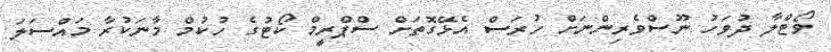
ވޯޓްލާ ދުވަހު ނޫސްވެރިންނަށް ހުރަސް އެޅޭގޮތަށް ސްޕްރީމް ކޯޓުގެ ހުކުމް މާނަކުރާ މައްސަލަ